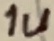
Text: 1u